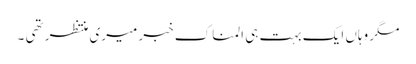
مگر وہاں ایک بہت ہی المناک خبر میری منتظر تھی ۔